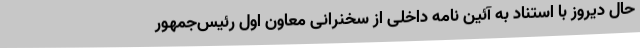
حال دیروز با استناد به آئین نامه داخلی از سخنرانی معاون اول رئیس‌جمهور